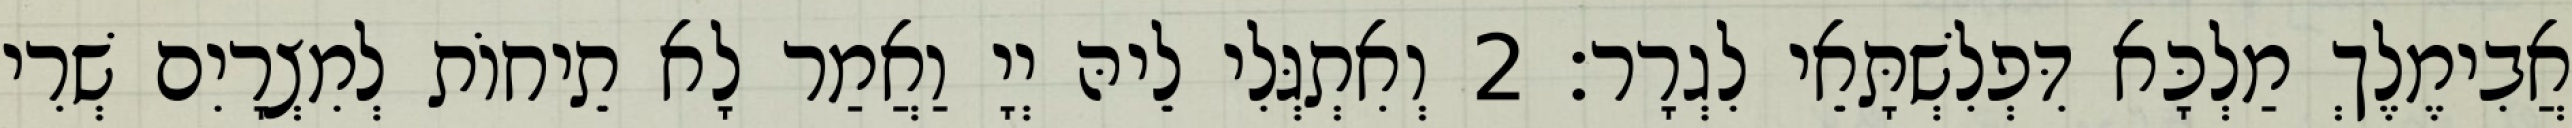
אֲבִימֶלֶךְ מַלְכָּא דִּפְלִשְׁתָּאֵי לִגְרָר׃ 2 וְאִתְגְּלִי לֵיהּ יְיָ וַאֲמַר לָא תֵיחוֹת לְמִצְרָיִם שְׁרִי